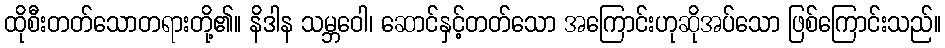
ထိုစီးတတ်သောတရားတို့၏။ နိဒါန သမ္ဘဝေါ၊ ဆောင်နှင့်တတ်သော အကြောင်းဟုဆိုအပ်သော ဖြစ်ကြောင်းသည်။